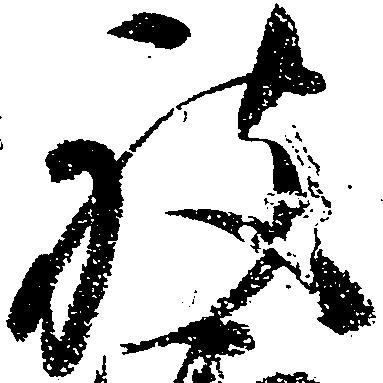
被